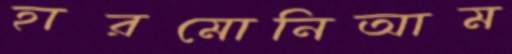
হারমোনিআম